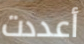
أعددت